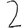
Digit: 2